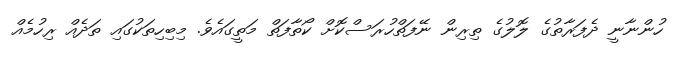
ހުންނާނީ ދެފަރާތުގެ ލޮލުގެ ތިރިން ނޭފަތްހުރަސްކޮށް ކޯތާފަތް މަތީގައެވެ. މިބިހިތަކުގައި ތަދެއް ރިހުމެއް